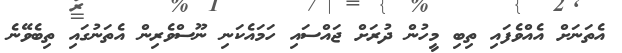
އެތަނަށް އެއްވެފައި ތިބި މީހުން ދުރަށް ޖައްސައި ހަމައެކަނި ނޫސްވެރިން އެތަނުގައި ތިބެވޭނެ